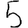
Digit: 5